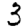
Digit: 3